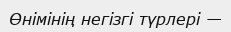
Өнімінің негізгі түрлері —